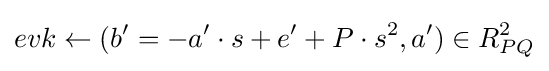
evk\leftarrow (b'=-a'\cdot s+e'+P\cdot s^{2},a')\in R_{PQ}^{2}